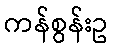
ကန်စွန်းဥ